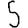
Digit: 5